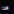
هذا